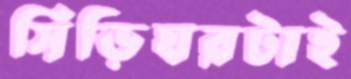
সিঁড়িঘরটাই